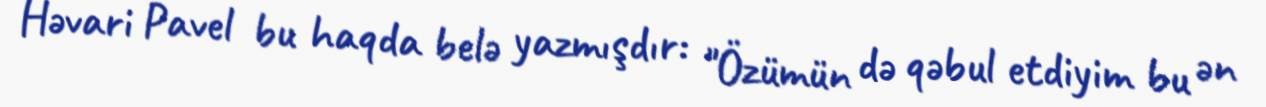
Həvari Pavel bu haqda belə yazmışdır: "Özümün də qəbul etdiyim bu ən